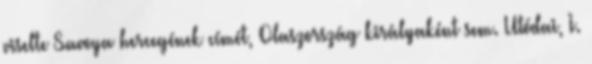
viselte Savoya hercegének címét, Olaszország királyaként sem. Utódai, I.